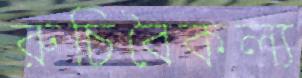
রুচিবৈকল্য